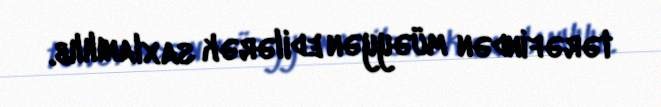
tərəfindən müəyyən edilərək saxlanılılıb.